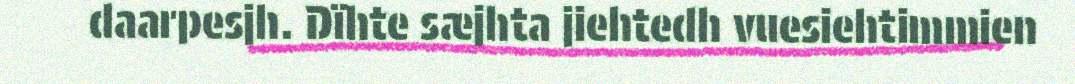
daarpesjh. Dïhte sæjhta jiehtedh vuesiehtimmien